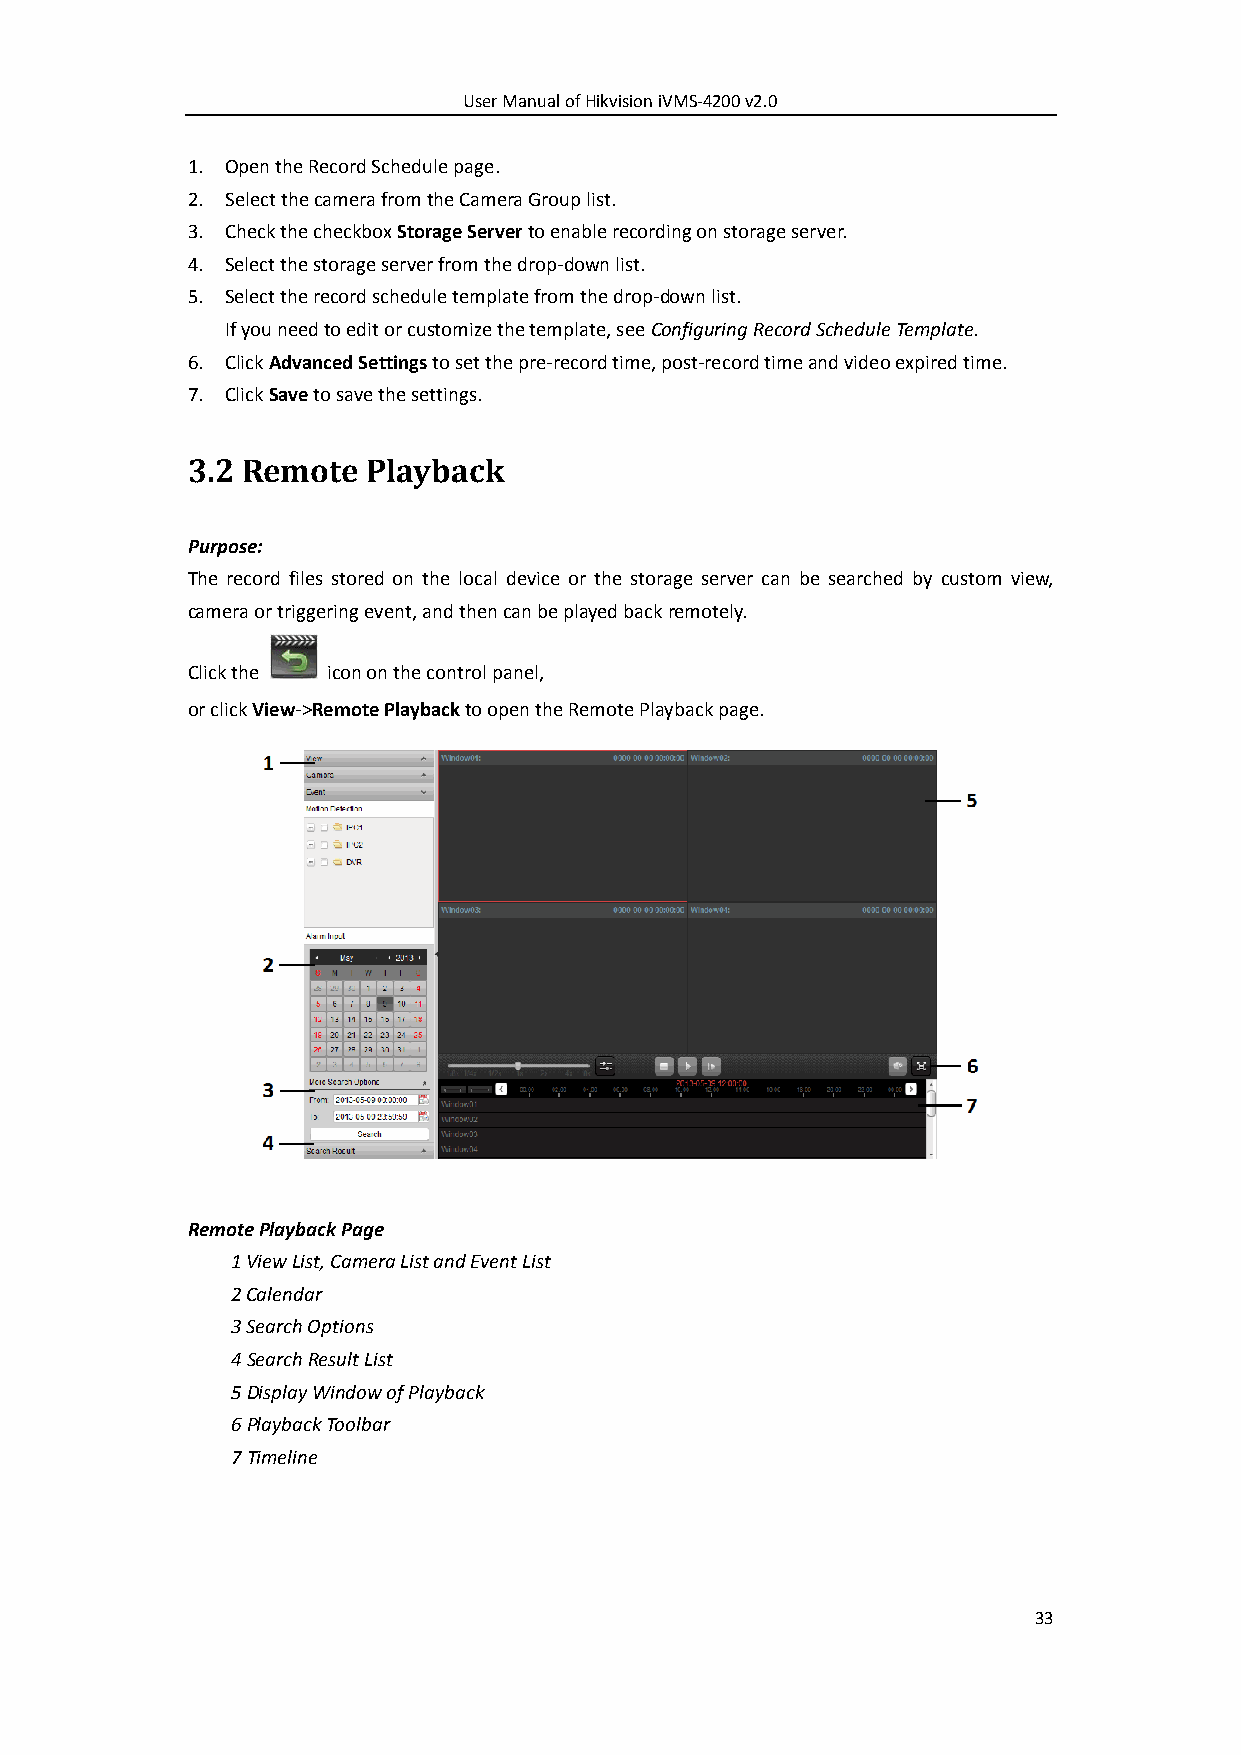
User Manual of Hikvision iVMS-4200 v2.0
 1. Open the Record Schedule page.
 2. Select the camera from the Camera Group list.
 3. Check the checkbox Storage Server to enable recording on storage server.
 4. Select the storage server from the drop-down list.
 5. Select the record schedule template from the drop-down list.
 If you need to edit or customize the template, see Configuring Record Schedule Template.
 6. Click Advanced Settings to set the pre-record time, post-record time and video expired time.
 7. Click Save to save the settings.
 3.2 Remote  Playback
 Purpose:
 The record files stored on the local device or the storage server can be searched by custom view,
 camera or triggering event, and then can be played back remotely.
 Click the icon on the control panel,
 or click View->Remote Playback to open the Remote Playback page.
 Remote Playback Page
 1 View List, Camera List and Event List
 2 Calendar
 3 Search Options
 4 Search Result List
 5 Display Window of Playback
 6 Playback Toolbar
 7 Timeline
 33